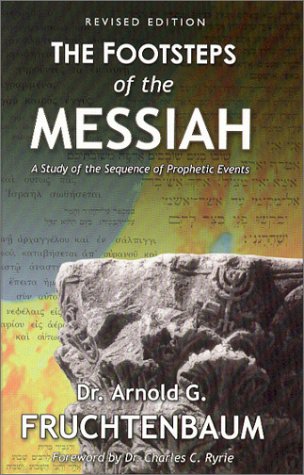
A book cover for Footsteps of the Messiah; Arnold G. Fruchtenbaum; Christian Books & Bibles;